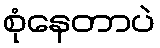
စုံနေတာပဲ